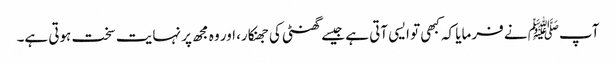
آپﷺ نے فرمایا کہ کبھی تو ایسی آتی ہے جیسے گھنٹی کی جھنکار، اور وہ مجھ پر نہایت سخت ہوتی ہے۔